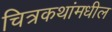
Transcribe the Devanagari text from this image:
चित्रकथांमधील